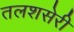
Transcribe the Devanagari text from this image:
तलशसेरी